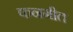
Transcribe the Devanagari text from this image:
कनगीत